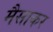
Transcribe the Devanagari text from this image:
मैसाकर